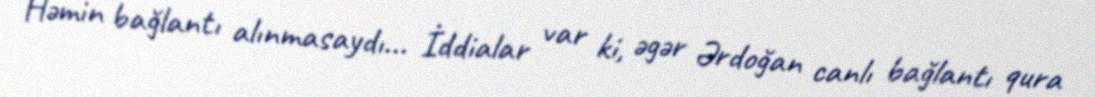
Həmin bağlantı alınmasaydı... İddialar var ki, əgər Ərdoğan canlı bağlantı qura